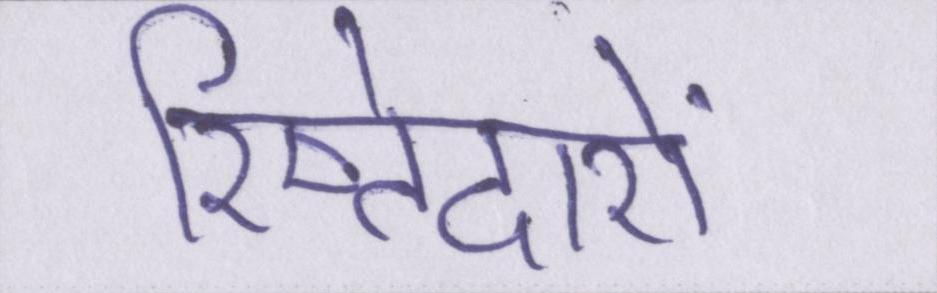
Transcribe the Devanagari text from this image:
रिष्तेदारों